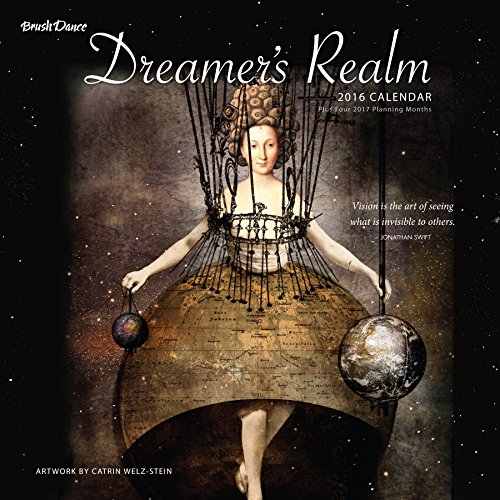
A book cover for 2016 Dreamers Realm Wall Calendar; Brush Dance and Catrin Welz-Stein; Calendars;